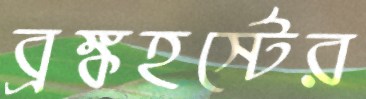
ব্রঙ্কহর্স্টের